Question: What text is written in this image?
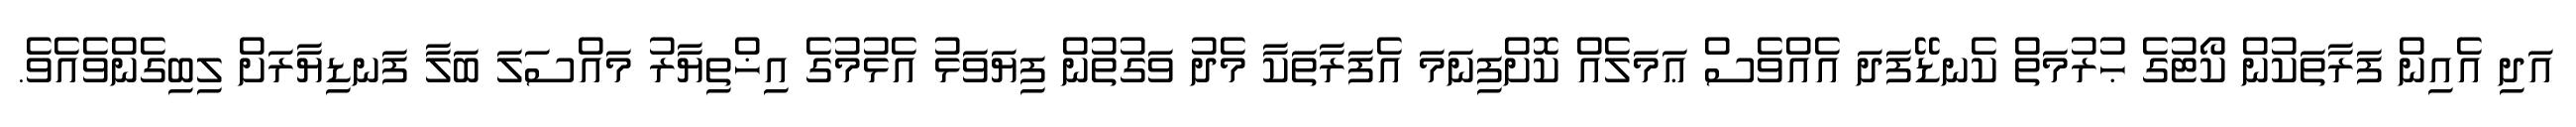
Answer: އަދި އެއިން ފަރާތަކުން ކޯޓުގެ ޙުރުމަތް ކެނޑޭފަދަ އެއްވެސް ޢަމަލެއް ކޮށްފިނަމަ އެފަރާތަކާ މެދު ވަގުތުން ފިޔަވަޅު އެޅުމުގެ އިޚްތިޔާރު މައްސަލަ ބަލާ ފަނޑިޔާރަށް ލިބިގެންވެއެވެ.